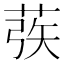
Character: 𰱜